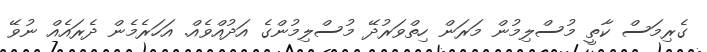
ގެރިމަސް ކާތީ މުސްލިމުން މަރަން ހިތްވަރުދޭ މުސްލިމުންގެ އަދުއްވެއް. އަހަރެމެން ދެރައެއް ނުވޭ